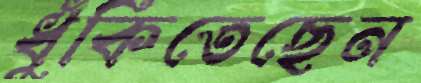
ধুঁকিতেছেন